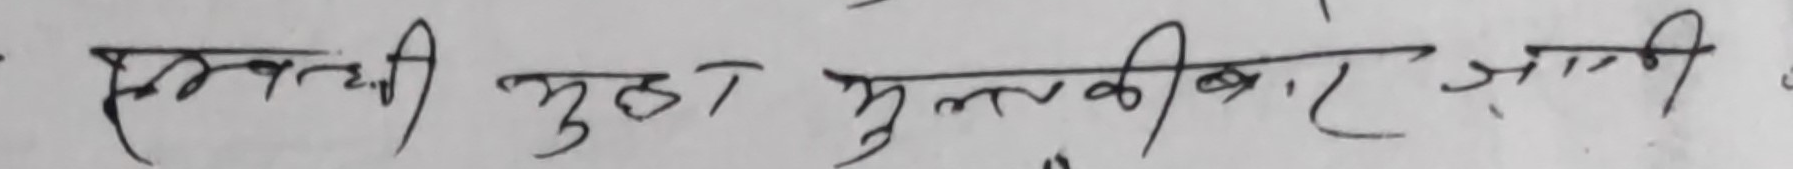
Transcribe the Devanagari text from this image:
स्तवनची मुठा मुलककीबार जागी